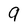
Character: 9